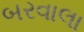
બરવાલા